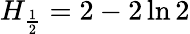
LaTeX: H_{\frac{1}{2}}=2-2\ln{2}